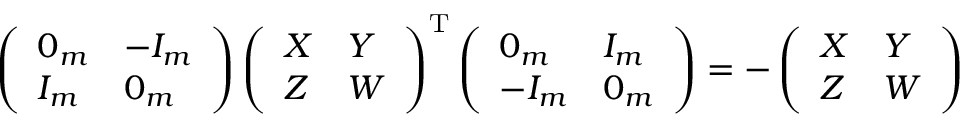
\left( { \begin{array} { l l } { 0 _ { m } } & { - I _ { m } } \\ { I _ { m } } & { 0 _ { m } } \end{array} } \right) \left( { \begin{array} { l l } { X } & { Y } \\ { Z } & { W } \end{array} } \right) ^ { \mathrm { T } } \left( { \begin{array} { l l } { 0 _ { m } } & { I _ { m } } \\ { - I _ { m } } & { 0 _ { m } } \end{array} } \right) = - \left( { \begin{array} { l l } { X } & { Y } \\ { Z } & { W } \end{array} } \right)